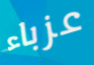
عزباء